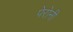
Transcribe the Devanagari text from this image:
पेरोनी